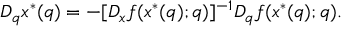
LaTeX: D _ { q } x ^ { * } ( q ) = - [ D _ { x } f ( x ^ { * } ( q ) ; q ) ] ^ { - 1 } D _ { q } f ( x ^ { * } ( q ) ; q ) .